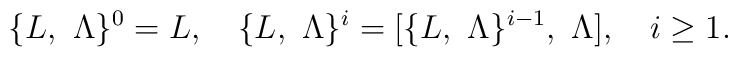
\{L,\ \Lambda\}^0=L,\quad\{L,\ \Lambda\}^i=[\{L,\ \Lambda\}^{i-1},\ \Lambda],\quad i\ge 1.